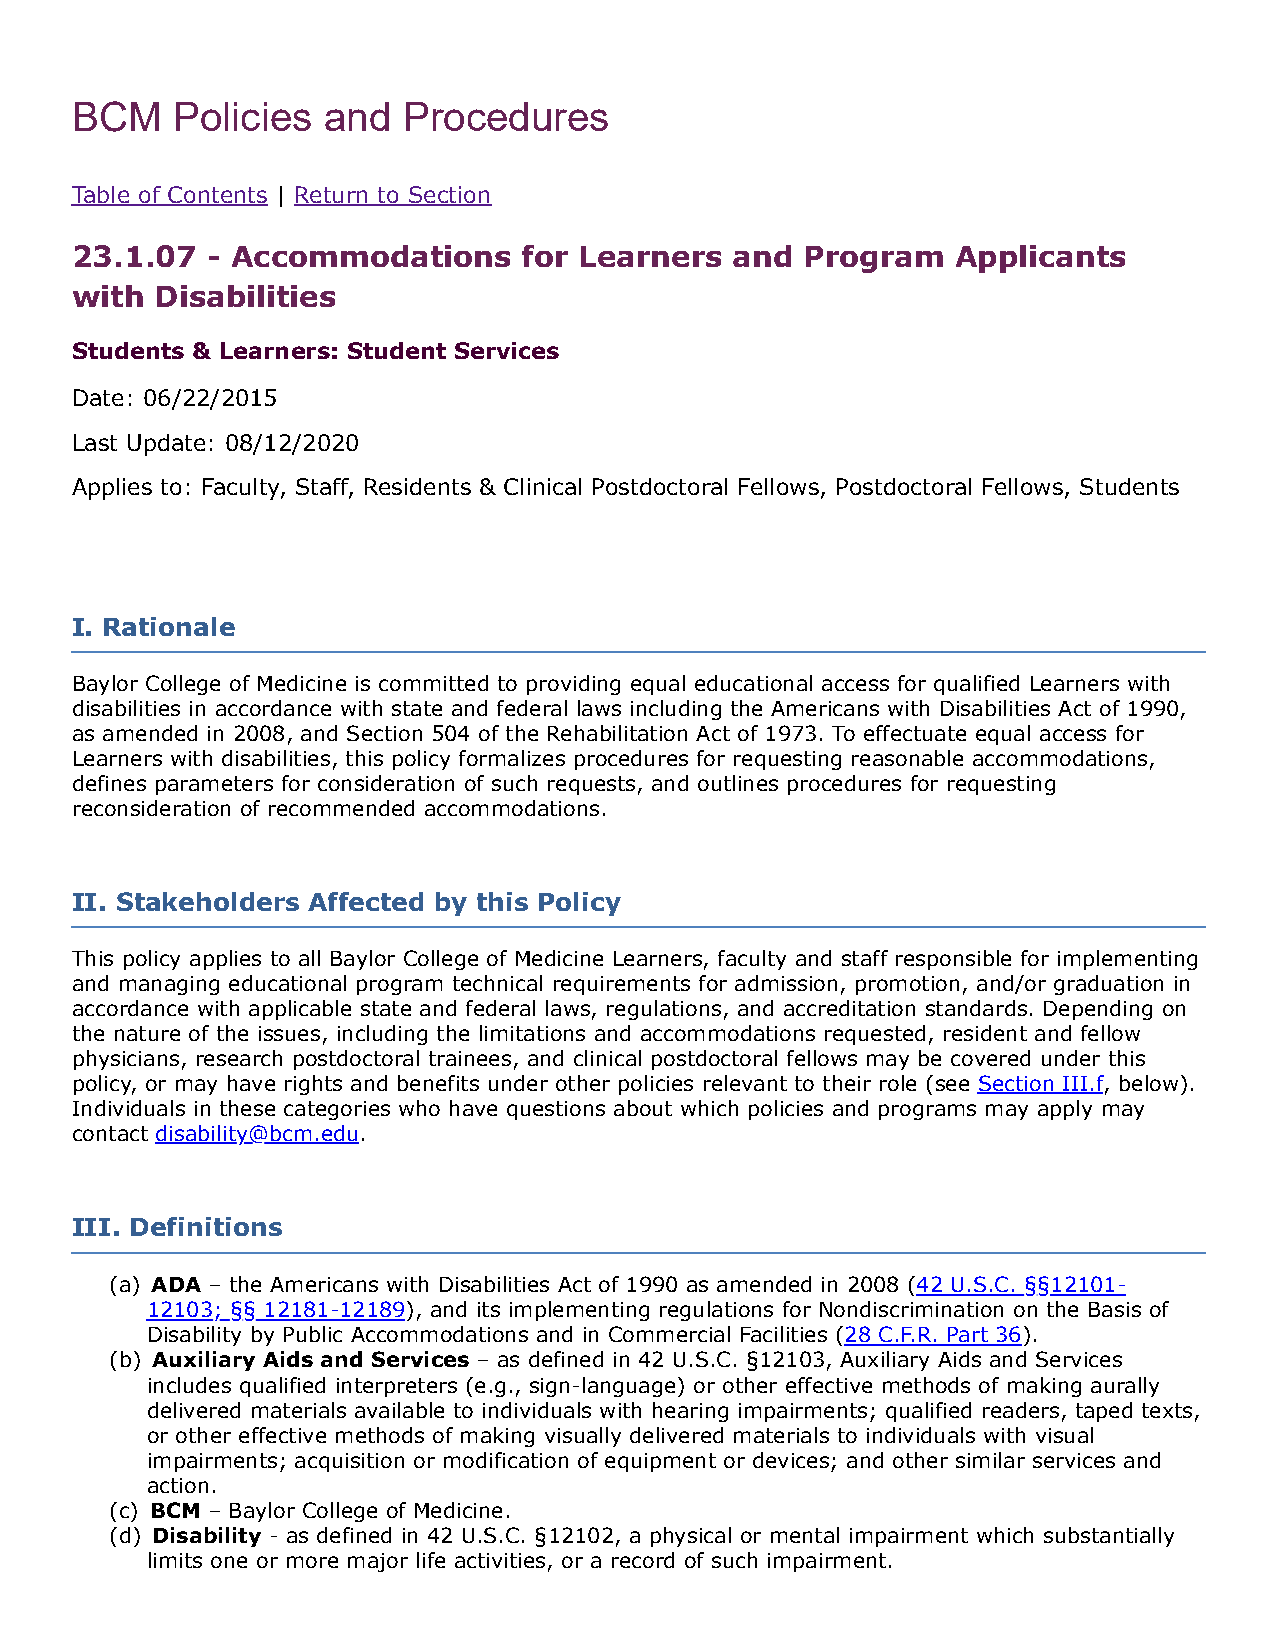
BCM   Policies  and   Procedures
 Table of Contents | Return to Section
 23.1.07  - Accommodations     for Learners and  Program   Applicants
 with Disabilities
 Students & Learners: Student Services
 Date: 06/22/2015
 Last Update: 08/12/2020
 Applies to: Faculty, Staff, Residents & Clinical Postdoctoral Fellows, Postdoctoral Fellows, Students
 I. Rationale
 Baylor College of Medicine is committed to providing equal educational access for qualified Learners with
 disabilities in accordance with state and federal laws including the Americans with Disabilities Act of 1990,
 as amended in 2008, and Section 504 of the Rehabilitation Act of 1973. To effectuate equal access for
 Learners with disabilities, this policy formalizes procedures for requesting reasonable accommodations,
 defines parameters for consideration of such requests, and outlines procedures for requesting
 reconsideration of recommended accommodations.
 II. Stakeholders Affected by this Policy
 This policy applies to all Baylor College of Medicine Learners, faculty and staff responsible for implementing
 and managing educational program technical requirements for admission, promotion, and/or graduation in
 accordance with applicable state and federal laws, regulations, and accreditation standards. Depending on
 the nature of the issues, including the limitations and accommodations requested, resident and fellow
 physicians, research postdoctoral trainees, and clinical postdoctoral fellows may be covered under this
 policy, or may have rights and benefits under other policies relevant to their role (see Section III.f, below).
 Individuals in these categories who have questions about which policies and programs may apply may
 contact disability@bcm.edu.
 III. Definitions
 (a) ADA – the Americans with Disabilities Act of 1990 as amended in 2008 (42 U.S.C. §§12101-
 12103; §§ 12181-12189), and its implementing regulations for Nondiscrimination on the Basis of
 Disability by Public Accommodations and in Commercial Facilities (28 C.F.R. Part 36).
 (b) Auxiliary Aids and Services – as defined in 42 U.S.C. §12103, Auxiliary Aids and Services
 includes qualified interpreters (e.g., sign-language) or other effective methods of making aurally
 delivered materials available to individuals with hearing impairments; qualified readers, taped texts,
 or other effective methods of making visually delivered materials to individuals with visual
 impairments; acquisition or modification of equipment or devices; and other similar services and
 action.
 (c) BCM – Baylor College of Medicine.
 (d) Disability - as defined in 42 U.S.C. §12102, a physical or mental impairment which substantially
 limits one or more major life activities, or a record of such impairment.